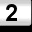
Digit: 2